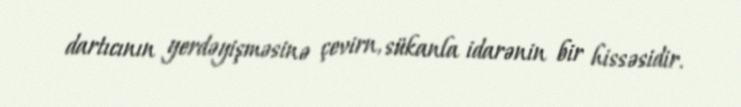
dartıcının yerdəyişməsinə çevirn, sükanla idarənin bir hissəsidir.